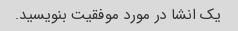
یک انشا در مورد موفقیت بنویسید.